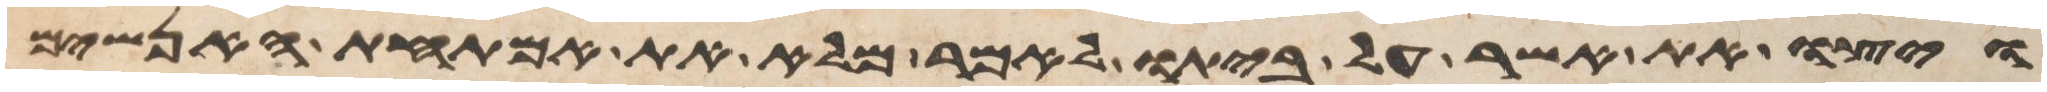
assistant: ויצו את אשר על ביתו לאמר מלא את אמתחת האנשים